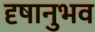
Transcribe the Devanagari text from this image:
दृषानुभव